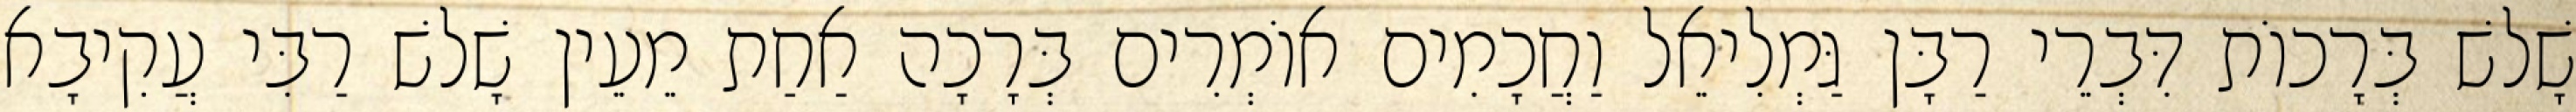
שָׁלשׁ בְּרָכוֹת דִּבְרֵי רַבָּן גַּמְלִיאֵל וַחֲכָמִים אוֹמְרִים בְּרָכָה אַחַת מֵעֵין שָׁלשׁ רַבִּי עֲקִיבָא